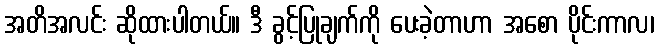
အတိအလင်း ဆိုထားပါတယ်။ ဒီ ခွင့်ပြုချက်ကို ပေးခဲ့တာဟာ အစော ပိုင်းကာလ၊